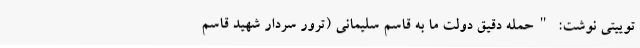
توییتی نوشت: "حمله دقیق دولت ما به قاسم سلیمانی (ترور سردار شهید قاسم